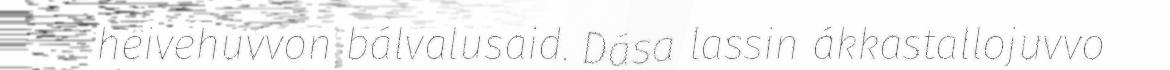
heivehuvvon bálvalusaid. Dása lassin ákkastallojuvvo